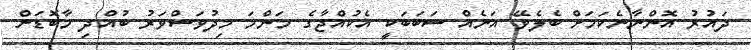
ދައުރު އޮންނާނެކަމަށް ބެލެވޭ އަނެއް ސަބަބަކީ އެކުއްޖާގެ މަންމަ މިދުވަސްވަރު ބުއްދި މާބޮޑަށް